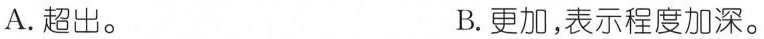
A.超出。 B.更加，表示程度加深。